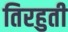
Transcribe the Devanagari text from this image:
तिरहुती